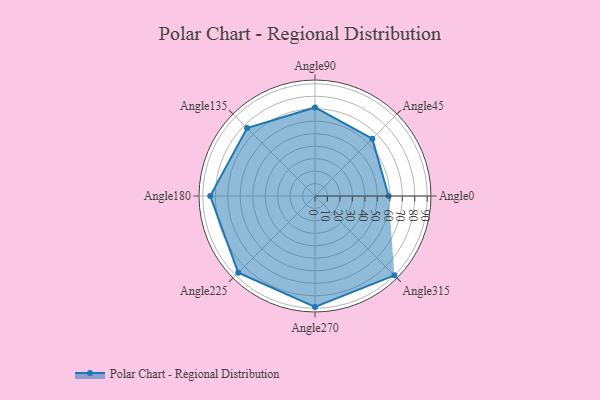
{"axis": {"x": "Angle", "y": "Radius"}, "legend": [""], "data": [{"x": "Angle0", "y": 59.0, "type": ""}, {"x": "Angle45", "y": 65.0, "type": ""}, {"x": "Angle90", "y": 71.0, "type": ""}, {"x": "Angle135", "y": 77.0, "type": ""}, {"x": "Angle180", "y": 84.0, "type": ""}, {"x": "Angle225", "y": 87.0, "type": ""}, {"x": "Angle270", "y": 89.0, "type": ""}, {"x": "Angle315", "y": 90.0, "type": ""}]}